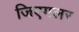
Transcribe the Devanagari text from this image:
जिएगलर